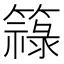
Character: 簶